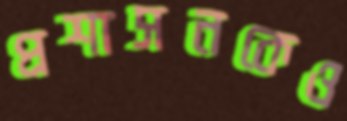
প্রশাসনকেও